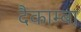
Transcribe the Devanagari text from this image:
दैकाम्बा